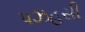
પઝહસી